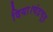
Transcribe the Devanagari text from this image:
दिया।चंद्रचूड़